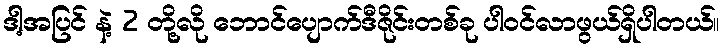
ဒါ့အပြင် နဲ့ 2 တို့လို ဘောင်ပျောက်ဒီဇိုင်းတစ်ခု ပါဝင်လာဖွယ်ရှိပါတယ်။